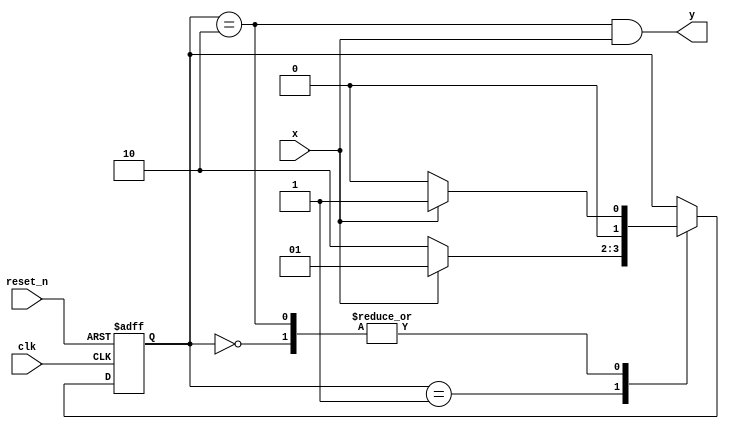
module Mealy_seq_101(
input clk, reset_n,
input x,
output y
    );
reg [1:0] state_reg, state_next;    
localparam s0 = 2'b00;
localparam s1 = 2'b01;
localparam s2 = 2'b10;
//localparam s3 = 2'b11;
    
always @(posedge clk, negedge reset_n)
begin
    if(!reset_n) 
    state_reg <= 2'b00;
    else
    state_reg <= state_next;   
end 
always @(*)
begin
    case (state_reg)
        s0: if(x)
            state_next = s1;
            else
            state_next = s0;
        s1: if(x)
            state_next = s1;
            else
            state_next = s2;
        s2: if(x)
            state_next = s1;
            else
            state_next = s0;
        default: state_next = state_reg;
    endcase
end
assign y = (state_reg == s2 && x);
endmodule